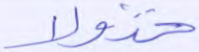
خذولا